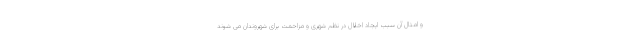
و امثال آن سبب ایجاد اخلال در نظم شهری و مزاحمت برای شهروندان می شوند